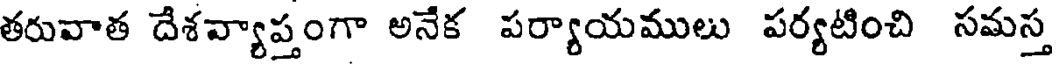
తరువాత దేశవ్యాప్తంగా అనేక పర్యాయములు పర్యటించి సమస్త